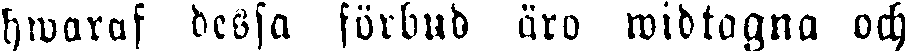
hwaraf dessa förbud äro widtagna och